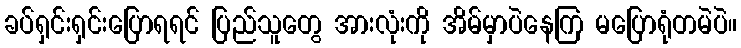
ခပ်ရှင်းရှင်းပြောရရင် ပြည်သူတွေ အားလုံးကို အိမ်မှာပဲနေကြ မပြောရုံတမဲပဲ။